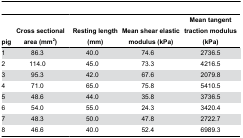
<table><thead><tr><td><b>pig</b></td><td><b>Cross sectional area (mm<sup>2</sup>)</b></td><td><b>Resting length (mm)</b></td><td><b>Mean shear elastic modulus (kPa)</b></td><td><b>Mean tangent traction modulus (kPa)</b></td></tr></thead><tbody><tr><td>1</td><td>86.3</td><td>40.0</td><td>74.6</td><td>2736.5</td></tr><tr><td>2</td><td>114.0</td><td>45.0</td><td>73.3</td><td>4216.5</td></tr><tr><td>3</td><td>95.3</td><td>42.0</td><td>67.6</td><td>2079.8</td></tr><tr><td>4</td><td>71.0</td><td>65.0</td><td>75.8</td><td>5410.5</td></tr><tr><td>5</td><td>48.6</td><td>44.0</td><td>35.8</td><td>3736.5</td></tr><tr><td>6</td><td>54.0</td><td>55.0</td><td>24.3</td><td>3420.4</td></tr><tr><td>7</td><td>48.3</td><td>50.0</td><td>47.8</td><td>2722.7</td></tr><tr><td>8</td><td>46.6</td><td>40.0</td><td>52.4</td><td>6989.3</td></tr></tbody></table>